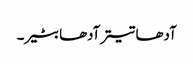
آدھا تیتر آدھا بٹیر۔